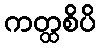
ကတ္ထစိပိ